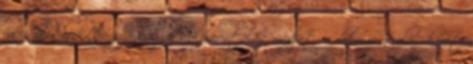
racionálisan határozza meg a dokumentálás módját, a dokumentálás körét,